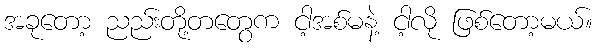
အခုတော့ ညည်းတို့တတွေက ငါ့အစ်မနဲ့ ငါ့လို ဖြစ်တော့မယ်။